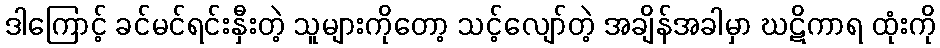
ဒါကြောင့် ခင်မင်ရင်းနှီးတဲ့ သူများကိုတော့ သင့်လျော်တဲ့ အချိန်အခါမှာ ဃဋိကာရ ထုံးကို